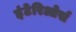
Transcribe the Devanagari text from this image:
इंटेरिओर्स